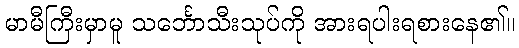
မာမီကြီးမှာမူ သင်္ဘောသီးသုပ်ကို အားရပါးရစားနေ၏။